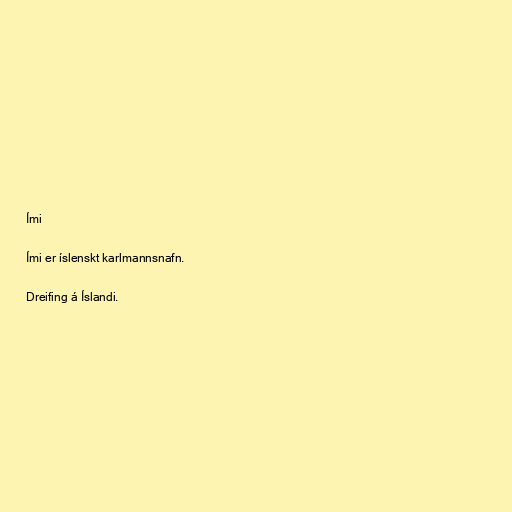
Ími

Ími er íslenskt karlmannsnafn.

Dreifing á Íslandi.